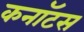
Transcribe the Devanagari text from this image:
कनॉटस